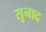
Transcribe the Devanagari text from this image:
सुनाद